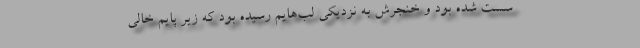
سُست شده بود و خنجرش به نزدیکی لب‌هایم رسیده بود که زیر پایم خالی